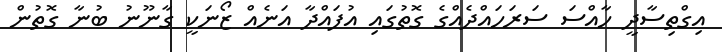
އިގްތިސާދީ ހާއްސަ ސަރަހައްދެއްގެ ގޮތުގައި އުފައްދާ އަނެއް ޒޯނަކީ ގާނޫނު ބުނާ ގޮތުން